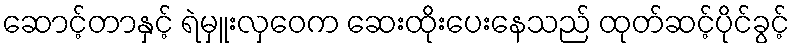
ဆောင့်တာနှင့် ရဲမှူးလှဝေက ဆေးထိုးပေးနေသည် ထုတ်ဆင့်ပိုင်ခွင့်